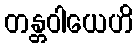
တန္တဝါယေဟိ